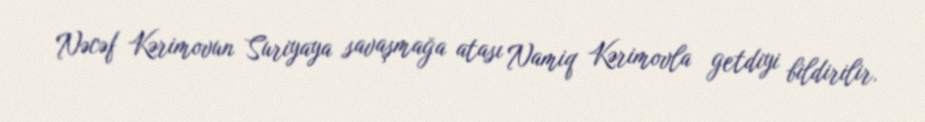
Nəcəf Kərimovun Suriyaya savaşmağa atası Namiq Kərimovla getdiyi bildirilir.